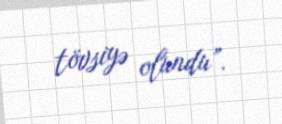
tövsiyə olundu”.